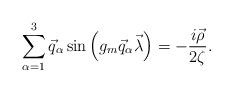
LaTeX: \begin{align*}\sum\limits_{\alpha=1}^{3}\vec q_\alpha\sin\left(g_m\vec q_\alpha\vec\lambda\right)=-\frac{i\vec\rho}{2\zeta}.\end{align*}